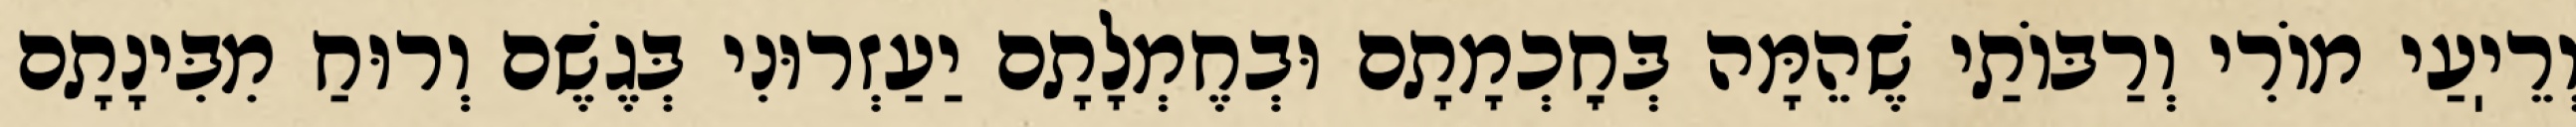
וְרֵיֽעַי מוֹרִי וְרַבּוֹתַי שֶׁהֵמָּה בְּחׇכְמָתָם וּבְחֶמְלָתָם יַעַזְרוּנִי בְּגֶשֶׁם וְרוּחַ מִבִּינָתָם